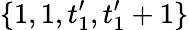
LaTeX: \{ 1,1,t_{1}^{\prime},t_{1}^{\prime}+1\}